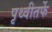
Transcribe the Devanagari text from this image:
पृथ्वीतर्फे